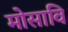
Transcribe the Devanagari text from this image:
मोसावि